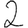
Digit: 2